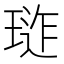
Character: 𭹪